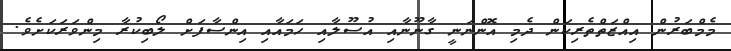
މެމްބަރުން އިއްޒަތްތެރިކަން ދެމި އޮންނަނީ ގާނޫނާއި އުސޫލާއި ހަމައާއި އިންސާފަށް ލޯބިކުރާ މިންވަރަކަށެވެ.